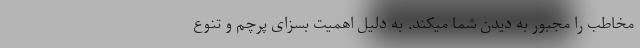
مخاطب را مجبور به دیدن شما میکند. به دلیل اهمیت بسزای پرچم و تنوع